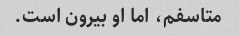
متاسفم، اما او بیرون است.